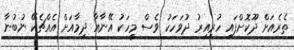
ތެރެއަށް ދޫކޮށްފައި ހުރިއިރު ދުވަހަކު ވެސް މީހަކު އޭނާއާ ދިމާއަށް އެއްޗެކޭ ނުބުނާ